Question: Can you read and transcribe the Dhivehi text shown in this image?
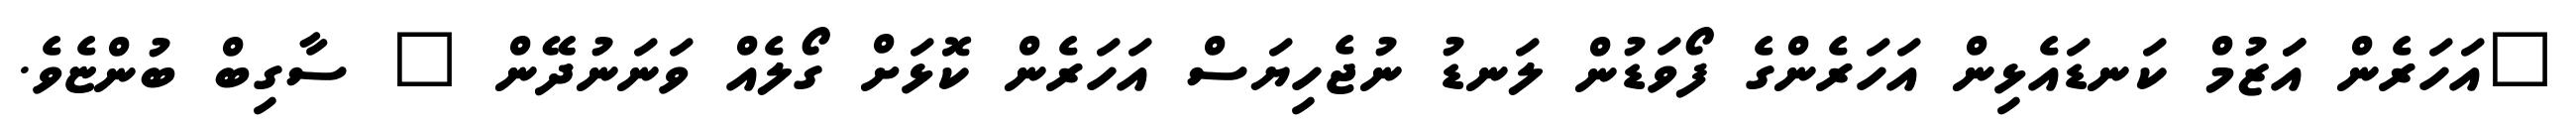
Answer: "އަހަރެން އަަޒުމް ކަނޑައެޅިން އަހަރެންގެ ފޯވަޑުން ލަނޑު ނުޖެހިޔަސް އަހަރެން ކޮޅަށް ގޯލެއް ވަނަނުދޭން " ސާގިބް ބުންޏެވެ.